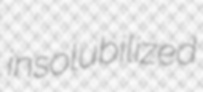
insolubilized